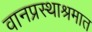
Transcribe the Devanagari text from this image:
वानप्रस्थाश्रमात